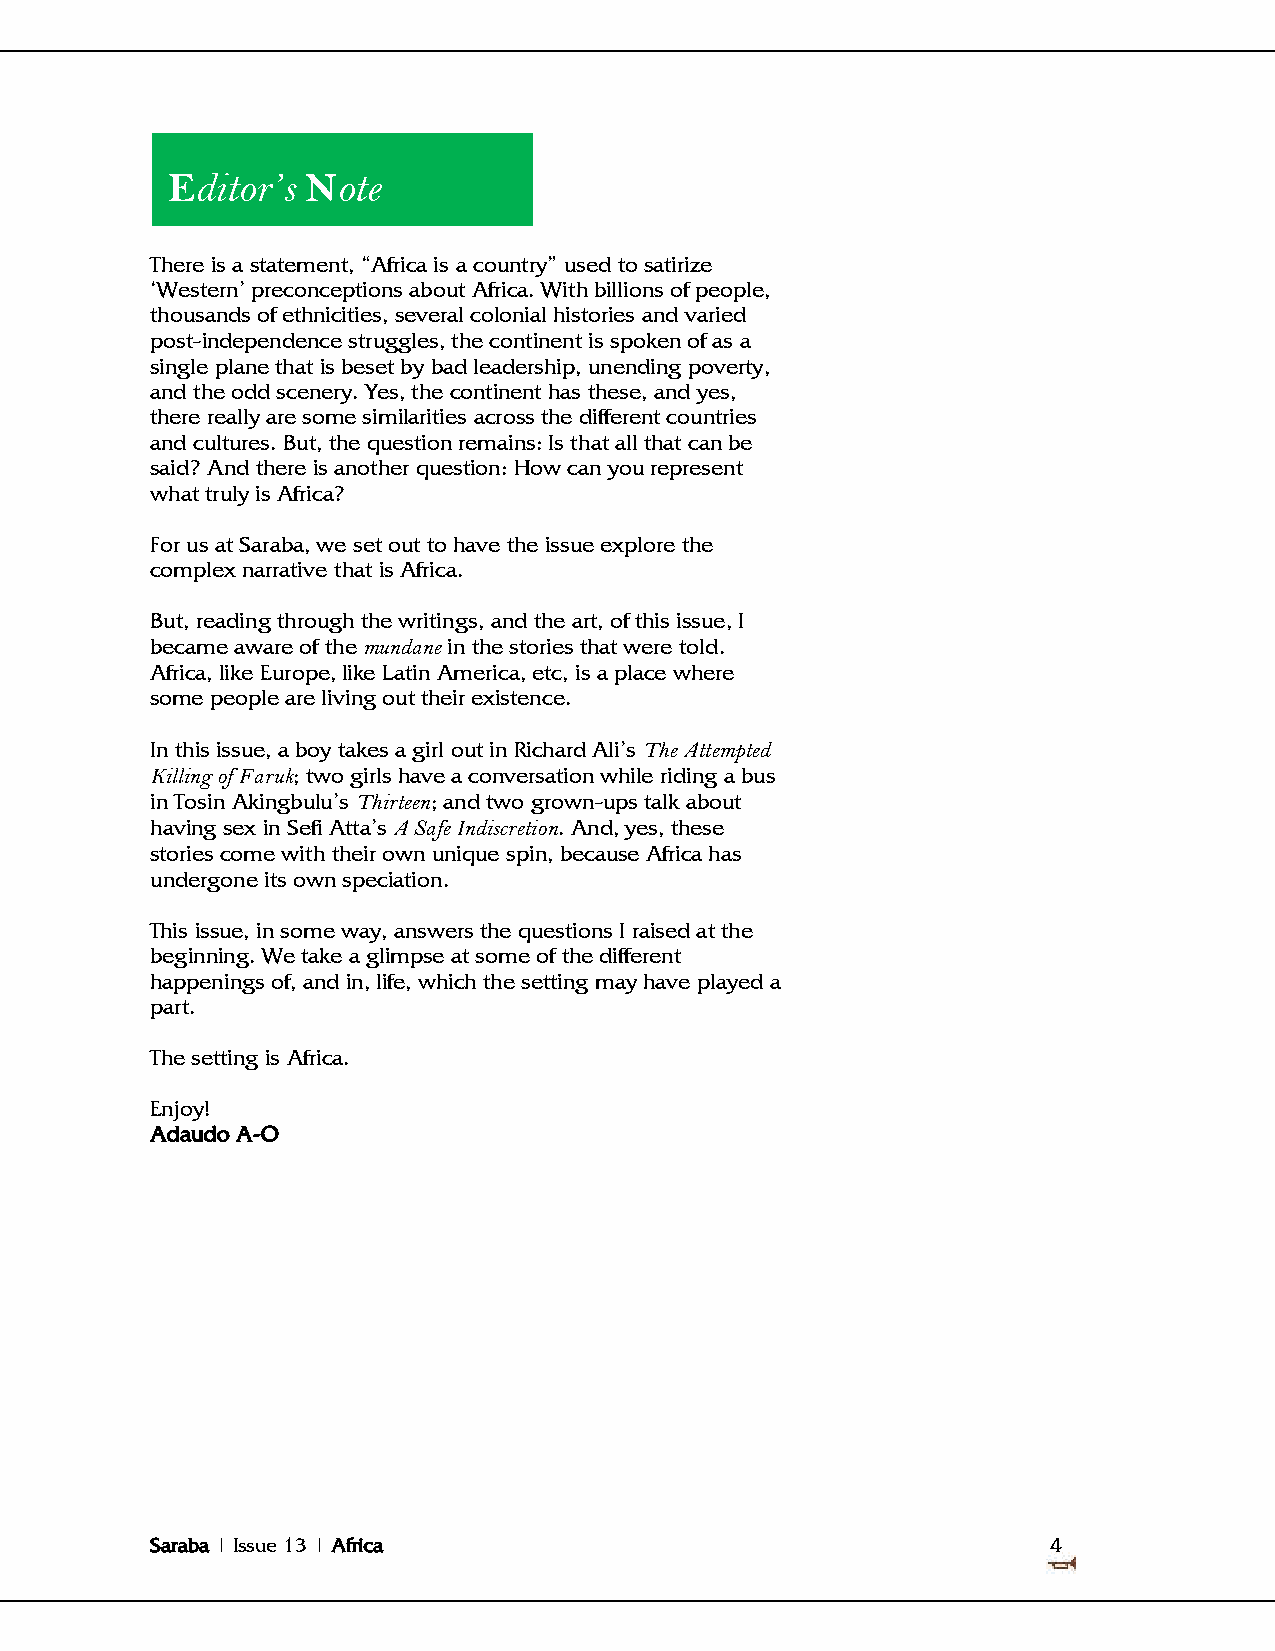
Editor’s Note
 There is a statement, ―Africa is a country‖ used to satirize
 ‗Western‘ preconceptions about Africa. With billions of people,
 thousands of ethnicities, several colonial histories and varied
 post-independence struggles, the continent is spoken of as a
 single plane that is beset by bad leadership, unending poverty,
 and the odd scenery. Yes, the continent has these, and yes,
 there really are some similarities across the different countries
 and cultures. But, the question remains: Is that all that can be
 said? And there is another question: How can you represent
 what truly is Africa?
 For us at Saraba, we set out to have the issue explore the
 complex narrative that is Africa.
 But, reading through the writings, and the art, of this issue, I
 became aware of the mundane in the stories that were told.
 Africa, like Europe, like Latin America, etc, is a place where
 some people are living out their existence.
 In this issue, a boy takes a girl out in Richard Ali‘s The Attempted
 Killing of Faruk; two girls have a conversation while riding a bus
 in Tosin Akingbulu‘s Thirteen; and two grown-ups talk about
 having sex in Sefi Atta‘s A Safe Indiscretion. And, yes, these
 stories come with their own unique spin, because Africa has
 undergone its own speciation.
 This issue, in some way, answers the questions I raised at the
 beginning. We take a glimpse at some of the different
 happenings of, and in, life, which the setting may have played a
 part.
 The setting is Africa.
 Enjoy!
 Adaudo A-O
 Saraba | Issue 13 | Africa                                  4